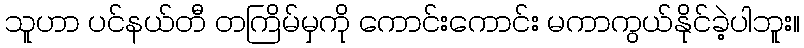
သူဟာ ပင်နယ်တီ တကြိမ်မှကို ကောင်းကောင်း မကာကွယ်နိုင်ခဲ့ပါဘူး။